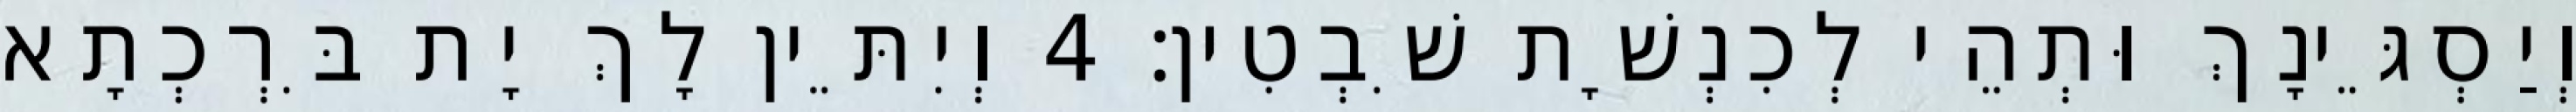
וְיַסְגֵּינָךְ וּתְהֵי לְכִנְשָׁת שִׁבְטִין׃ 4 וְיִתֵּין לָךְ יָת בִּרְכְתָא